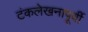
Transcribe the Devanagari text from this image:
टंकलेखनापूर्वी